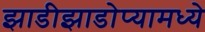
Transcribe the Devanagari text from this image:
झाडीझाडोप्यामध्ये